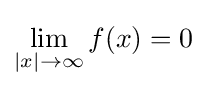
\lim _{|x|\rightarrow \infty }f(x)=0